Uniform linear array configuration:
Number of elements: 32
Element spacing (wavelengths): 1
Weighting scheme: cosine
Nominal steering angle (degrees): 30
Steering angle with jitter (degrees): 31.039
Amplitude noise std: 0.05
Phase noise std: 0.05

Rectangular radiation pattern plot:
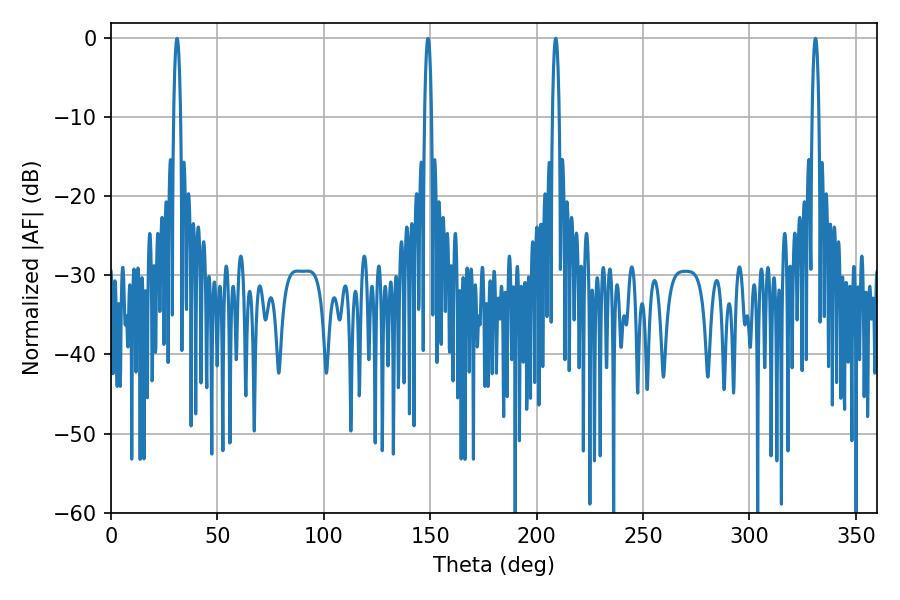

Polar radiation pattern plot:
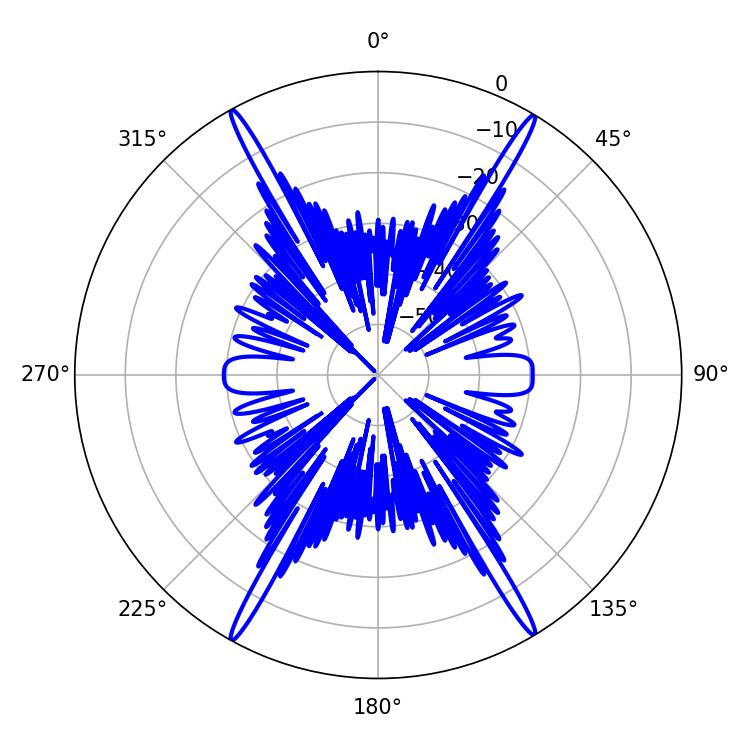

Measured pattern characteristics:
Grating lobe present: TRUE
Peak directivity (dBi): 28.234
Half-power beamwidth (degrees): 1.8
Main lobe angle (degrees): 208.98